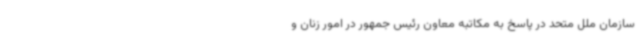
سازمان ملل متحد در پاسخ به مکاتبه معاون رئیس جمهور در امور زنان و